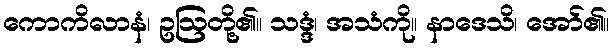
ကောကိလာနံ၊ ဥဩတို့၏။ သဒ္ဒံ၊ အသံကို။ နာဒေသိ၊ အော်၏။